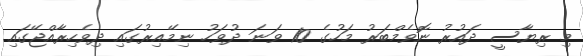
މި ރިޔާސީ ދައުރު ނޮވެމްބަރު މަހުގެ 10 ވަނަ ދުވަހު ނިމޭއިރުގައި ދިވެހިރާއްޖޭގައި